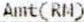
AMT(RM)